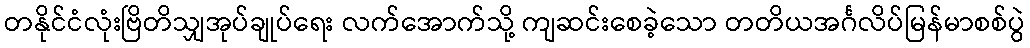
တနိုင်ငံလုံးဗြိတိသျှအုပ်ချုပ်ရေး လက်အောက်သို့ ကျဆင်းစေခဲ့သော တတိယအင်္ဂလိပ်မြန်မာစစ်ပွဲ